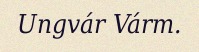
Ungvár Várm.